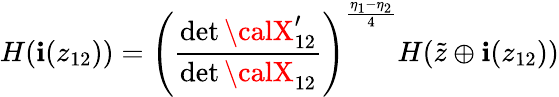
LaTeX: H(\mathbf{i}(z_{12}))=\left(\frac{{\operatorname*{det}{\calX}_{12}^{\prime}}}{{\operatorname*{det}{\calX}_{12}}}\right)^{\frac{{\eta_{1}-\eta_{2}}}{{4}}}H(\tilde{{z}}\oplus\mathbf{i}(z_{12}))